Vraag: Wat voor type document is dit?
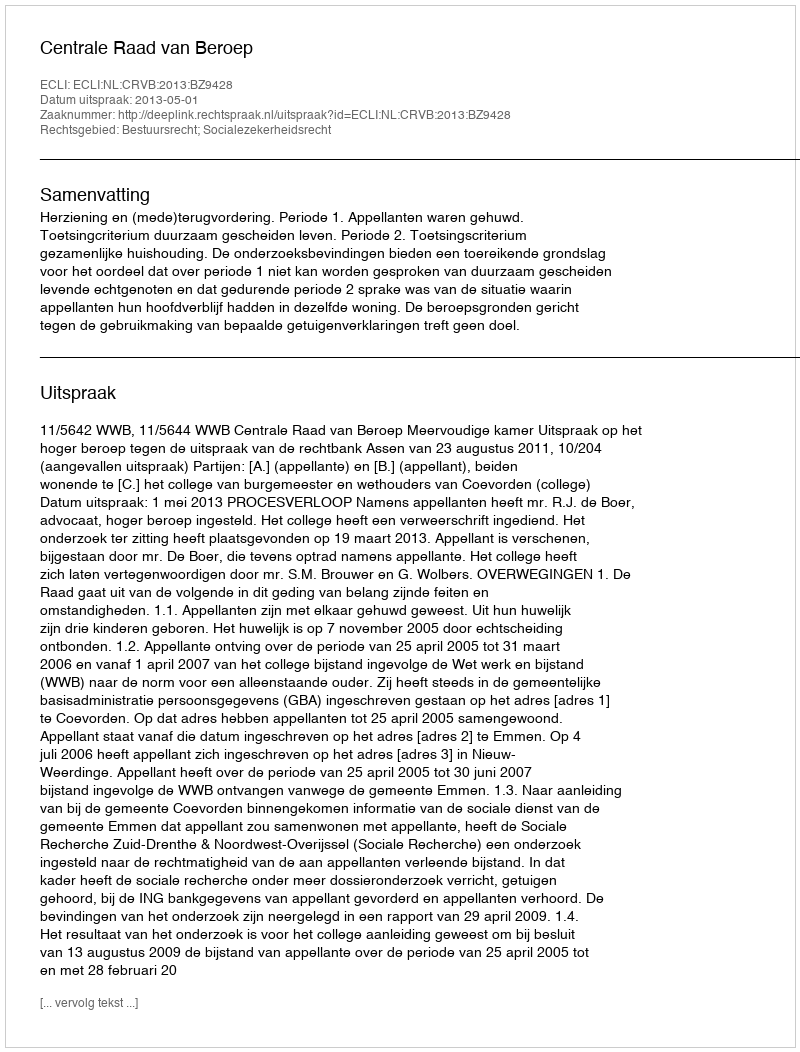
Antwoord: Uitspraak